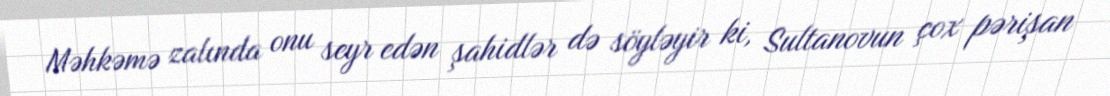
Məhkəmə zalında onu seyr edən şahidlər də söyləyir ki, Sultanovun çox pərişan